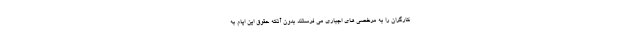
کارگران را به مرخصی های اجباری می فرستند بدون آنکه حقوق این ایام به